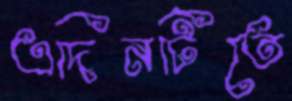
এদিনটিতে